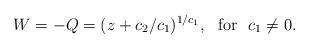
LaTeX: \begin{align*}W=-Q=(z+c_{2}/c_{1})^{1/c_{1}},\ \ \mathrm{for}\ \ c_{1}\not =0. \end{align*}